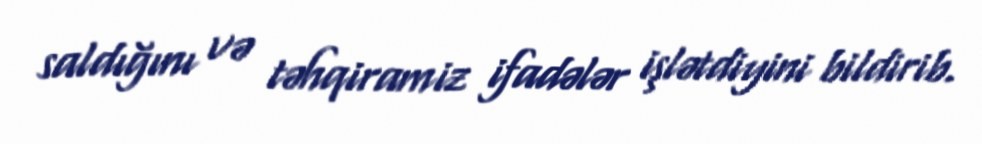
saldığını və təhqiramiz ifadələr işlətdiyini bildirib.